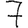
Digit: 7